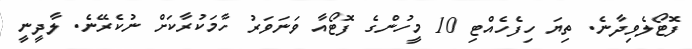
ފޮޓޯލެވިދާނެ. ތިޔަ ހިފެހެއްޓި 10 މީހުންގެ ފޮޓޯއާ ވަނަވަރު ހާމަކުރާކަށް ނުކެރޭނެ. ލާދީނީ